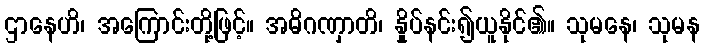
ဌာနေဟိ၊ အကြောင်းတို့ဖြင့်။ အဓိဂဏှာတိ၊ နှိုပ်နင်း၍ယူနိုင်၏။ သုမနေ၊ သုမန